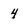
Character: 4